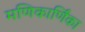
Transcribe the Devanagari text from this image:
मणिकार्णिंका